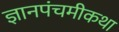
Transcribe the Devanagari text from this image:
ज्ञानपंचमीकथा